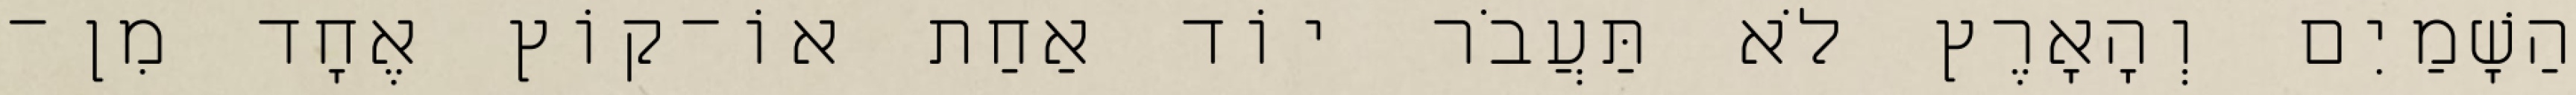
הַשָׁמַיִם וְהָאָרֶץ לֹא תַּעֲבֹר יוֹד אַחַת אוֹ־קוֹץ אֶחָד מִן־